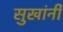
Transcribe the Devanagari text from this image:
सुखांनी